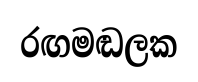
රඟමඬලක